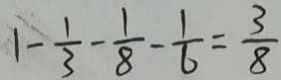
1 - \frac { 1 } { 3 } - \frac { 1 } { 8 } - \frac { 1 } { 6 } = \frac { 3 } { 8 }